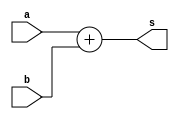
// ------------------------- 
// Exemplo0017 - BASE 
// Nome: Oswaldo Oliveira Paulino
// ------------------------- 
// ------------------------- 
// test number system 
// ------------------------- 

module Q02a (output [6:0]s, input [5:0]a, input [4:0]b);
	assign s = a + b;
endmodule

module Q02b (output [5:0]s, input [4:0]a, input [4:0]b);
	assign s = a + b;
endmodule
	
module Q02c (output [10:0]s, input [10:0]a, input [7:0]b);
	assign s = a / b;
endmodule
	
module Q02d (output [8:0]s, input [8:0]a, input [8:0]b);
	assign s = a - b;
endmodule
	
module Q02e (output [9:0]s, input [4:0]a, input [4:0]b, input [6:0]c);
	assign s = ((a * b) + c);
endmodule

module test_base_01; 
// ------------------------- definir dados 
	reg [5:0]a; 
	reg [4:0]b; 
	reg [4:0]c; 
	reg [4:0]d;
	reg [10:0]e; 
	reg [7:0]f; 
	reg [8:0]g; 
	reg [8:0]h; 
	reg [4:0]i; 
	reg [4:0]j; 
	reg [6:0]k;   
		
	wire [6:0]sA; 
	wire [5:0]sB; 
	wire [10:0]sC; 
	wire [8:0]sD; 
	wire [9:0]sE;  
	
	Q02a letraA(sA, a, b); 
	Q02b letraB(sB, c, d);
	Q02c letraC(sC, e, f);
	Q02d letraD(sD, g, h);
	Q02e letraE(sE, i, j, k);
	
// ------------------------- parte principal 
initial begin 
	$display("Exemplo0017 - Oswaldo Oliveira Paulino - 382175"); 
	$display("Test number system"); 
	
	a = 7'b101010;
	b = 5'b11010; 
	$display("\nLetra A)");
	$display("%b + %b = %b", a, b, sA);
	
	c = 5'b11010;
	d = 'o25;
	$display("\nLetra B)");
	$display("%b + %o = %b", c, d, sB);
				
	e = 'o1234;
	f = 'h2B;
	$display("\nLetra C)");
	$display("%o / %h = %b", e, f, sC);
				
	g = 'h1CA;
	h = 9'b101110001;
	$display("\nLetra D)");
	$display("%h - %b = %b", g, h, sD);
				
	i = 25;
	j = 'o31;
	k = 'h7A;
	$display("\nLetra E)");
	$display("(%d * %o) + %h = %b", i, j, k, sE);	

end 
endmodule // test_base 

// ------------------------ documentacao complementar
/*
    Exemplo0017 - Oswaldo Oliveira Paulino - 382175
    Test number system
    
    Letra A)
    101010 + 11010 = 1000100
    
    Letra B)
    11010 + 25 = 101111
    
    Letra C)
    1234 / 2b = 00000001111
    
    Letra D)
    1ca - 101110001 = 001011001
    
    Letra E)
    (25 * 31) + 7a = 1011101011
*/